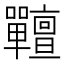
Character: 𡆎